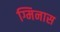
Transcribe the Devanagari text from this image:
ग्मिनास